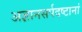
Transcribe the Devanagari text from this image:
अज्ञानसर्पदष्टानां